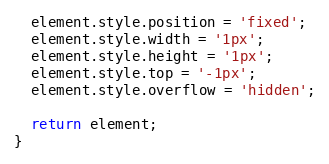
Language: JavaScript
  element.style.position = 'fixed';
  element.style.width = '1px';
  element.style.height = '1px';
  element.style.top = '-1px';
  element.style.overflow = 'hidden';

  return element;
}